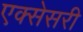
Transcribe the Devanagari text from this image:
एक्सेसरी